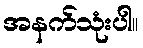
အနက်သုံးပါ။